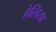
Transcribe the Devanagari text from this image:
हेलिया